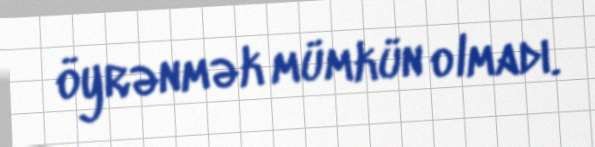
öyrənmək mümkün olmadı.